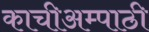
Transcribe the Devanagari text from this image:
काचीअम्पाठी